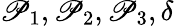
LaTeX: \mathscr{P}_{1},\mathscr{P}_{2},\mathscr{P}_{3},\delta